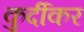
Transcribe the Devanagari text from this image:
कुर्दीकर